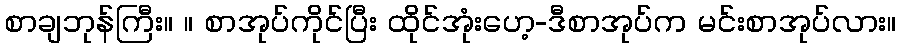
စာချဘုန်ကြီး။ ။ စာအုပ်ကိုင်ပြီး ထိုင်အုံးဟေ့-ဒီစာအုပ်က မင်းစာအုပ်လား။